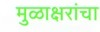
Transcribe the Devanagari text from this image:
मुळाक्षरांचा